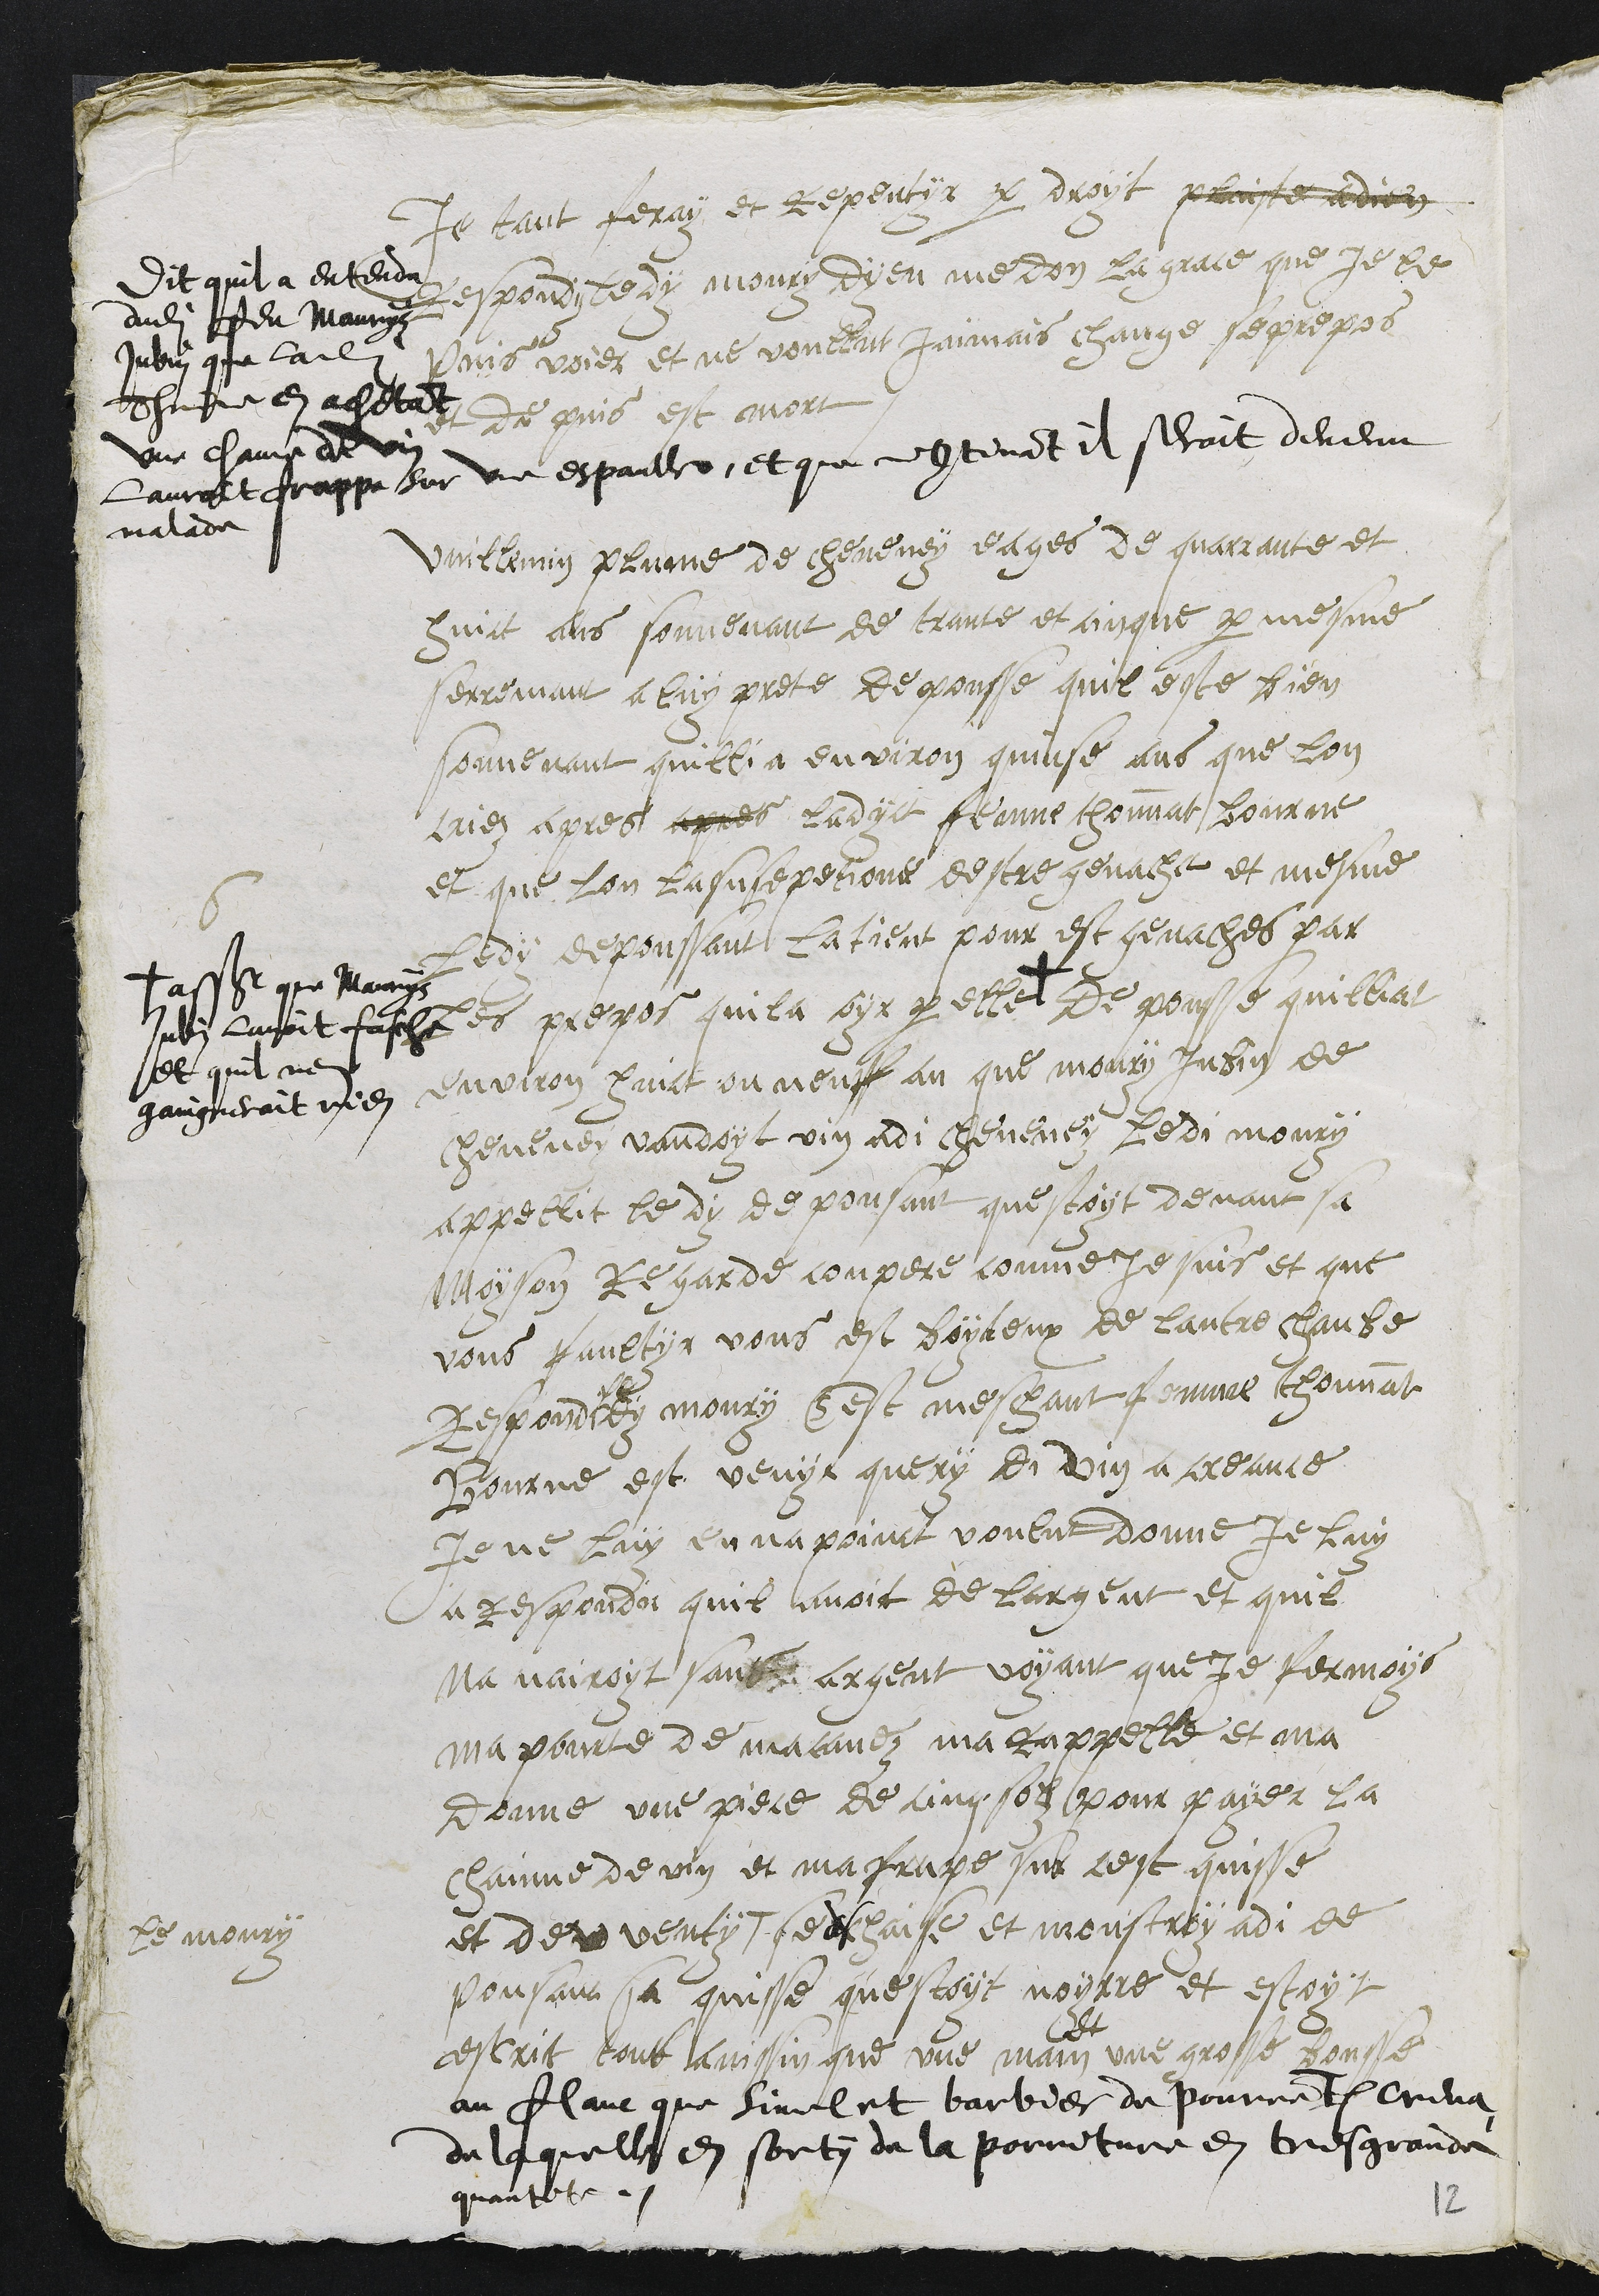
je tant feray et repentyr par droyt plaise a dieu
Respondy ledy moury Dyeu me don la grace que je le
Puis voier et ne voullut jaimais change se prepos
et de puis est mort
Dit quil a entendu
dudit feu Maurys
Jubin que ladite
Thinne en achetant
une channe de vin
Lauroit frappe sur une espaulle, et que incontinant il seroit devenu
malade
6
Vuillemin plume de cheveney eages de quarante et
huict ans souvenant de trante et cinque par mesme
serremant a luy prete de pousse quil este bien
souvenant quillia environ quinse ans que lon
criez apres apres ladyct femme thonnat Bourne
et que lon la susepitione destre genache et mesme
ledy depoussant la tient pour est genaches par
les propos quila oyr par elle +
+ assavoir que Maurys
Jubin lavoit fasche
et quil nen
gaingneroit rien
Depousse quillia
environ huict ou neuff an que moury Jubin de
cheveney vandoyt vin adi cheveney ledi moury
appellit le dy depousant questoyt devant sa
moyson Regarde conpere comme Je suis et que
vous faultyr vous est boyteux de lautre chanbe
Respond ledy moury Cest meschant femme thonnat
Bourne est venyr query di vin a creance
je ne luy en na poinct voulut donne je luy
a respondu quil avoit de largent et quil
na nairoyt sans argent voyant que je fermoys
ma pourte de ma cavez ma rappelle et ma
donne une piece de cinq solz pour payer la
chainne de vin et ma frape sus cest quisse
et devventy #
le moury
se deschaise et monstroy adi de
pousant sa quisse questoyt noyrre et estoyt
escrit tout ainssin que une main une grosse bousse
au flanc que Sinelet barbier de Pourrentruy creva,
de laquelle en sorty de la porriture en tres grande
quantite.
12